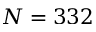
N = 3 3 2